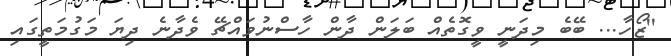
''ޒޯހާ... ބޭބެ މިދަނީ ވީގޮތެއް ބަލަން ދާން ހާސްނުވައްޗޭ ވެދާނެ ދިޔަ މަގުމަތީގައި